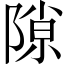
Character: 隙